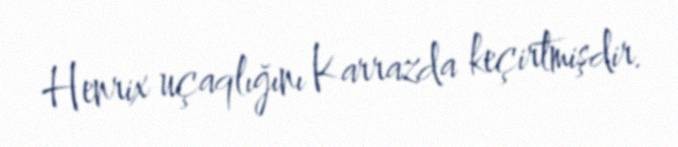
Henrix uçaqlığını Karrazda keçirtmişdir.